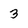
Character: 3